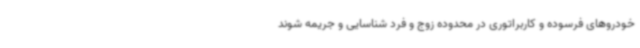
خودروهای فرسوده و کاربراتوری در محدوده زوج و فرد شناسایی و جریمه شوند